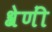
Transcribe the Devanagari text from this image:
श्रेणीं